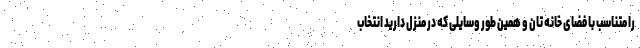
را متناسب با فضای خانه تان و همین طور وسایلی که در منزل دارید انتخاب